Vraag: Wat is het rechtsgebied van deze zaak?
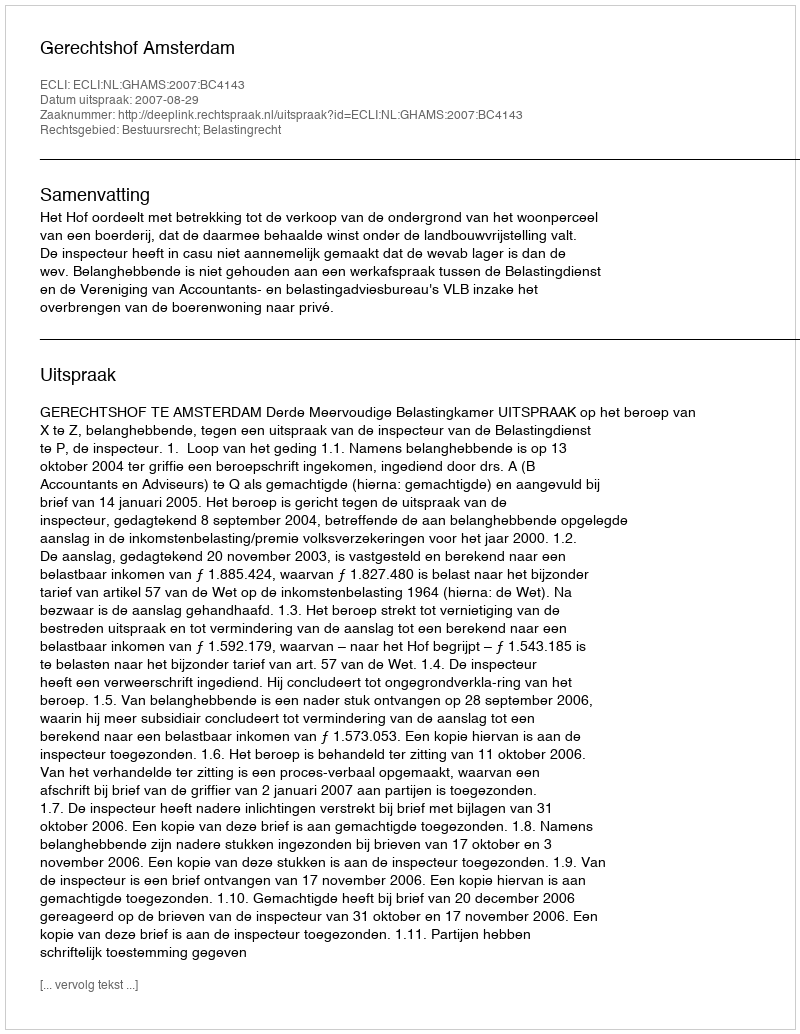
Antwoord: Bestuursrecht; Belastingrecht